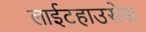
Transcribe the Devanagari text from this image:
लाईटहाउसेस